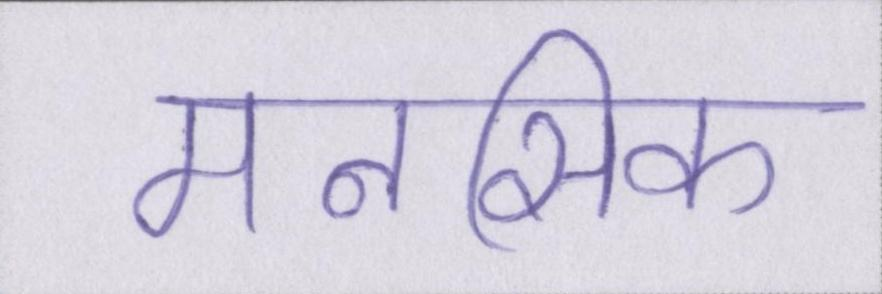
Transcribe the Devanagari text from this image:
मनसिक